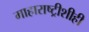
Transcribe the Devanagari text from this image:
माहाराष्ट्रीशीही